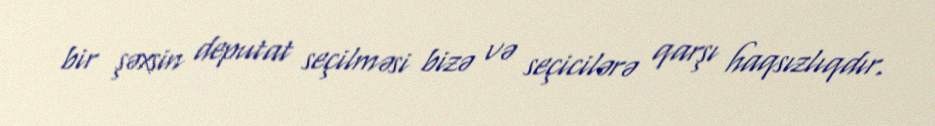
bir şəxsin deputat seçilməsi bizə və seçicilərə qarşı haqsızlıqdır.